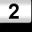
Digit: 2